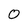
Character: 0